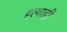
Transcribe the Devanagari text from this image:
हत्याही